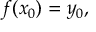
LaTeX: f ( x _ { 0 } ) = y _ { 0 } ,